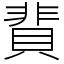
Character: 䩀